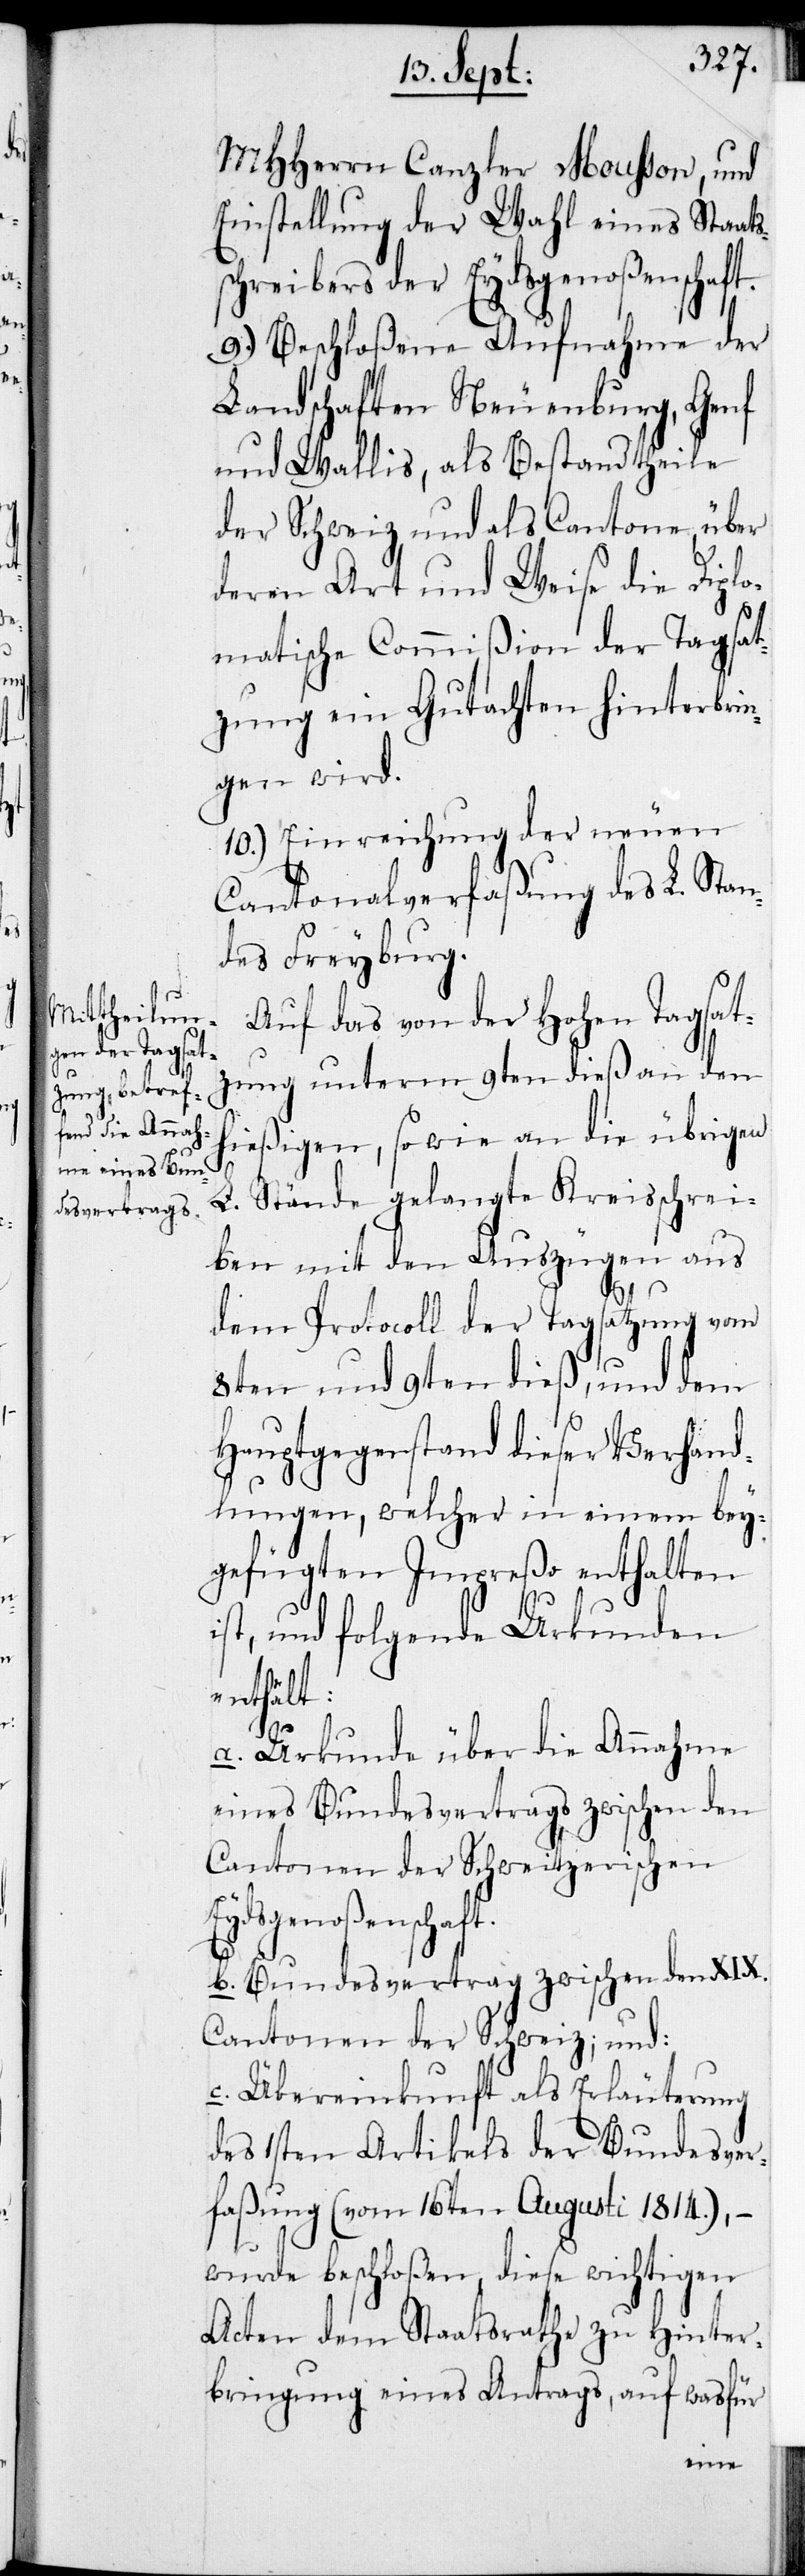
i¬

MHHerrn Canzler Mousson, und
Einstellung der Wahl eines Staats¬
schreibers der Eydsgenoßenschaft.
9.) Beschloßene Aufnahme der
Landschaften Neuenburg, Genf
und Wallis, als Bestandtheile
der Schweiz, und als Cantone, über
deren Art und Weise die Diplo¬
matische Commißion der Tagsat¬
zung ein Gutachten hinterbrin¬
gen wird.
10.) Einreichung der neuen
Cantonalverfaßung des L. Stan¬
des Freyburg.
Auf das von der Hohen Tagsatz¬
ung unterm 9ten dieß an den
hießigen, sowie an die übrigen
L. Stände gelangte Kreisschrei¬
ben mit den Auszügen aus
dem Protocoll der Tagsatzung vom
8ten und 9ten dieß, und dem
Hauptgegenstand dieser Verhand¬
lungen, welcher in einem bey¬
gefügten Impreßo enthalten
st, und folgende Urkunden
enthält:
a. Urkunde über die Annahme
eines Bundesvertrags zwischen den
Cantonen der Schweitzerischen
Eydsgenoßenschaft.
b. Bundesvertrag zwischen den XIX.
Cantonen der Schweiz; und:
c. Übereinkunft als Erläuterung
des 1sten Artikels der Bundesver¬
faßung (vom 16ten Augusti 1814.), –
wurde beschloßen, diese wichtigen
Acten dem Staatsrathe zu Hinter¬
bringung eines Antrags, auf wasfür